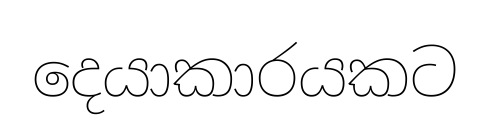
දෙයාකාරයකට